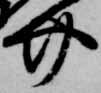
介